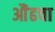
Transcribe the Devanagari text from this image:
औंढचा